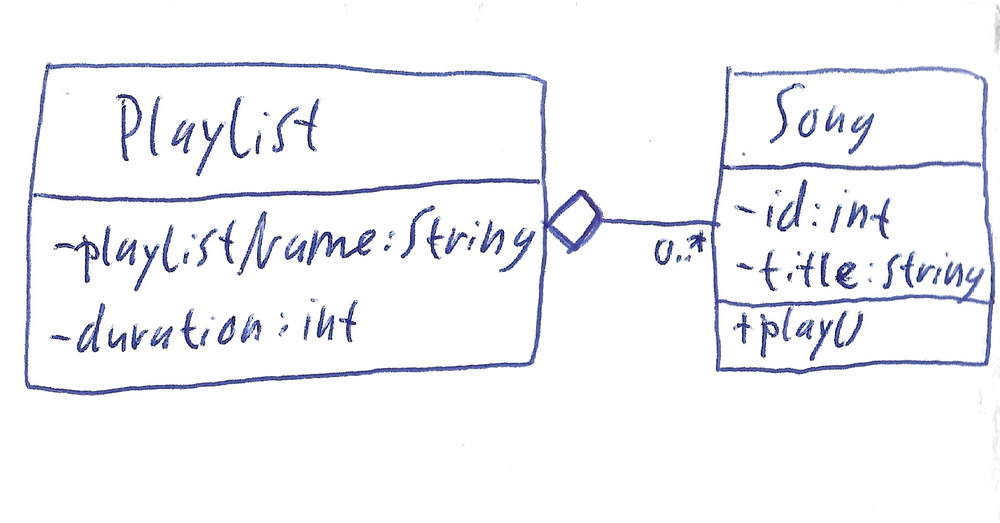
Diagram type: class_diagram
```plantuml
@startuml

class Playlist {
  - playlistName: String
  - duration: int
}

class Song {
  - id: int
  - title: String
  + play()
}

Playlist o-- "0..*" Song

@enduml
```